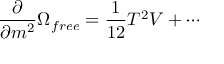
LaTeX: \frac { \partial } { \partial m ^ { 2 } } \Omega _ { f r e e } = \frac { 1 } { 1 2 } T ^ { 2 } V + \cdots